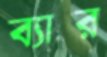
ব্যার